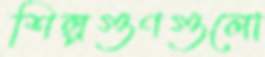
শিল্পগুণগুলো